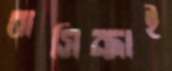
বাসিন্দাই